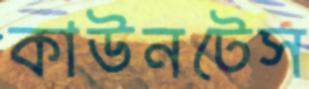
কাউনটেস